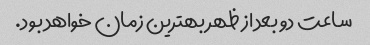
ساعت دو بعد از ظهر بهترین زمان خواهد بود.